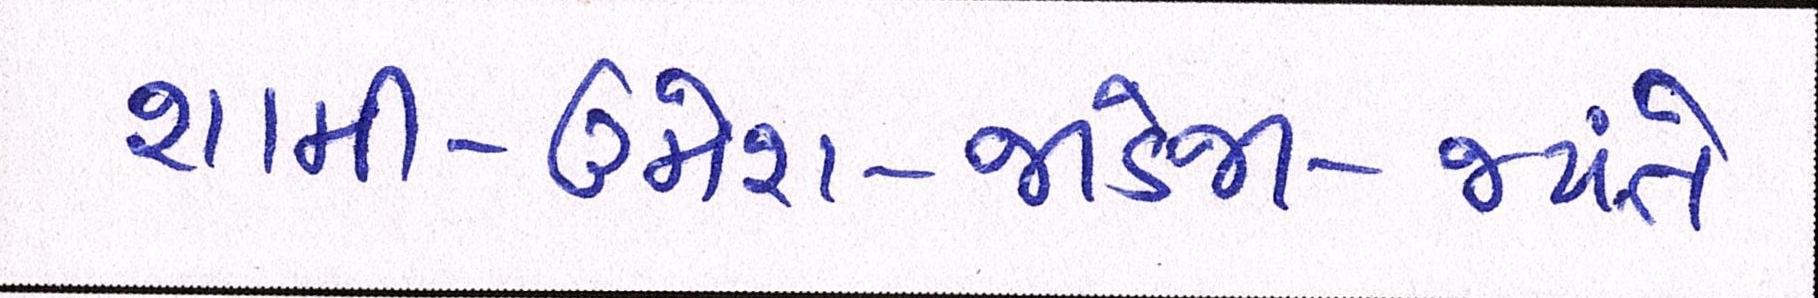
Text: શામી-ઉમેશ-જાડેજા-જયંતે